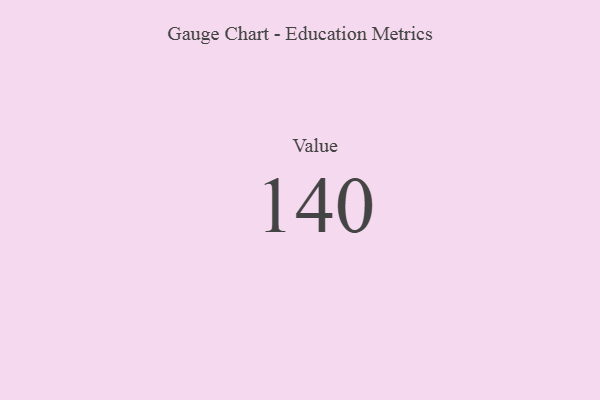
{"axis": {"x": "Metric", "y": "Value"}, "legend": [""], "data": [{"x": "Value", "y": 140, "type": ""}]}